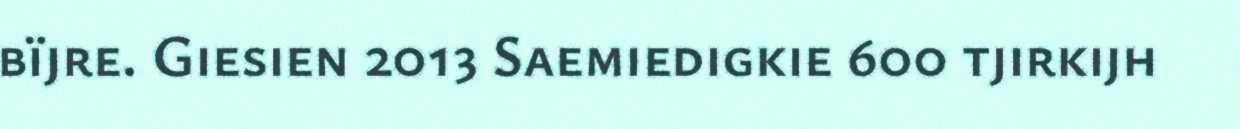
bïjre. Giesien 2013 Saemiedigkie 600 tjirkijh